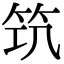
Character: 𥬑